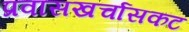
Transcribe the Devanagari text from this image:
प्रवासखर्चासकट